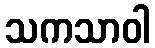
သကသာဝါ